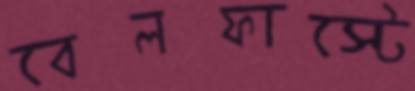
বেলফাস্টে